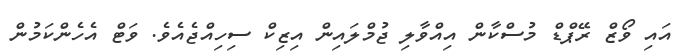
އައި ވޯޒް ރޭޕްޑް މުސްކާން އިއްވާލި ޖުމްލައިން އިޒިކް ސިހިއްޖެއެވެ. ވަޓް އެހެންކަމުން